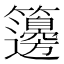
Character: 籩